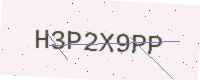
Text: H3P2X9PP